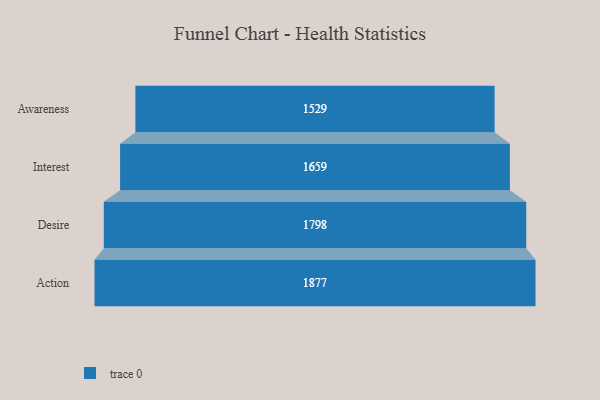
{"axis": {"x": "Stage", "y": "Value"}, "legend": [""], "data": [{"x": "Awareness", "y": 1529.0, "type": ""}, {"x": "Interest", "y": 1659.0, "type": ""}, {"x": "Desire", "y": 1798.0, "type": ""}, {"x": "Action", "y": 1877.0, "type": ""}]}